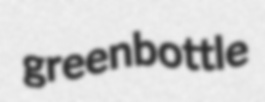
greenbottle